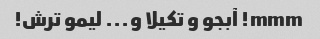
mmm! آبجو و تکیلا و... لیمو ترش!